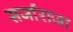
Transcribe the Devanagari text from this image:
सर्जाराजा